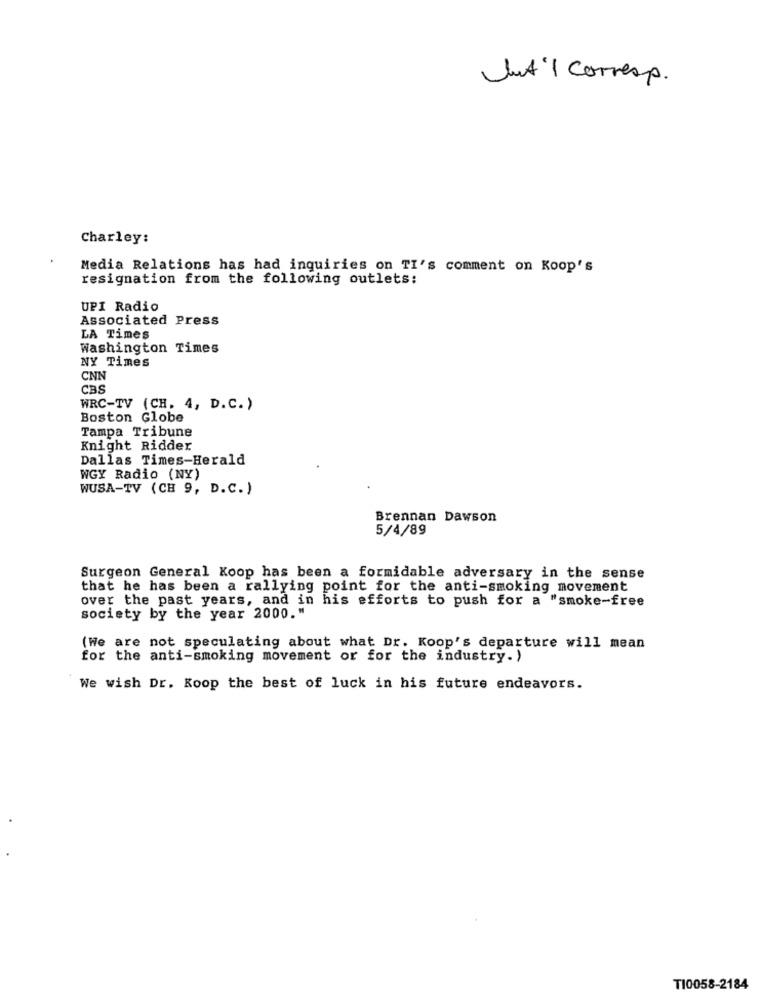
lut'1 corresp.
Charley:
Media Relations has had inquiries on TI's comment on Koop's
resignation from the following outlets:
UPI Radio
Associated Press
LA Times
Washington Times
NY Times
CNN
CBS
WRC-TV (CH. 4, D.C. )
Boston Globe
Tampa Tribune
Knight Ridder
Dallas Times-Herald
WGY Radio (NY)
WUSA-TV (CH 9, D.C. )
Brennan Dawson
5/4/89
Surgeon General Koop has been a formidable adversary in the sense
that he has been a rallying point for the anti-smoking movement
over the past years, and in his efforts to push for a "smoke-free
society by the year 2000."
(We are not speculating about what Dr. Koop's departure will mean
for the anti-smoking movement or for the industry.)
We wish Dr. Koop the best of luck in his future endeavors.
T10058-2184